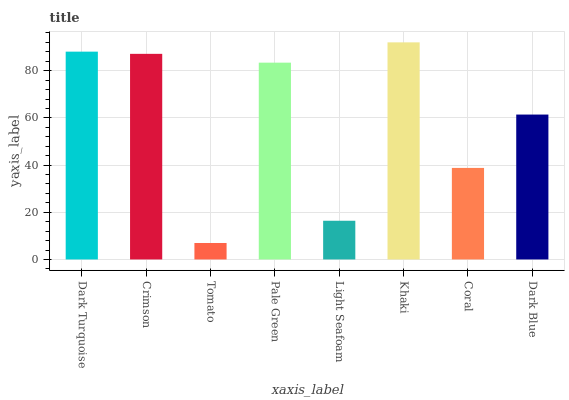
| xaxis_label | bars |
 | --- | --- |
 | Dark Turquoise | 88.1 |
 | Crimson | 87.2 |
 | Tomato | 6.98 |
 | Pale Green | 83.4 |
 | Light Seafoam | 16.4 |
 | Khaki | 92 |
 | Coral | 38.8 |
 | Dark Blue | 61.4 |